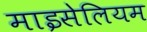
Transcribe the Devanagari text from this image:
माइसेलियम